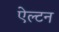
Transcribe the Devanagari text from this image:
ऐल्टन